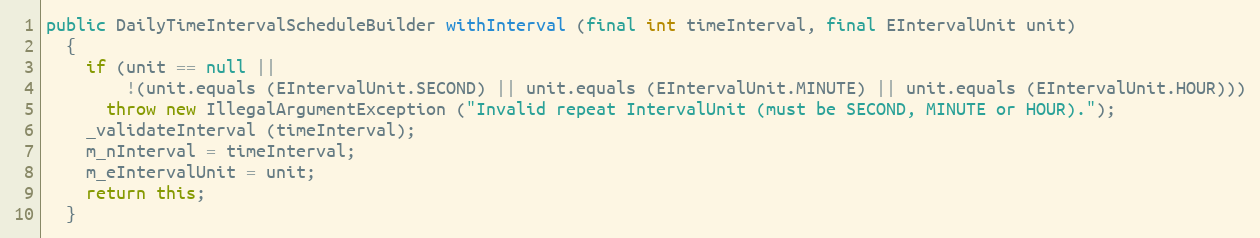
Language: Java
public DailyTimeIntervalScheduleBuilder withInterval (final int timeInterval, final EIntervalUnit unit)
  {
    if (unit == null ||
        !(unit.equals (EIntervalUnit.SECOND) || unit.equals (EIntervalUnit.MINUTE) || unit.equals (EIntervalUnit.HOUR)))
      throw new IllegalArgumentException ("Invalid repeat IntervalUnit (must be SECOND, MINUTE or HOUR).");
    _validateInterval (timeInterval);
    m_nInterval = timeInterval;
    m_eIntervalUnit = unit;
    return this;
  }